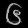
Digit: ၆